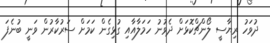
ދުވަހު ރިޔާސީ ލޯންޗްކޮޅަށް ދެވުނު ހަމަލާއާއި ގުޅިގެން ކަމަށް ސަރުކާރުން ވަނީ ބުނެފަ